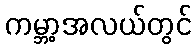
ကမ္ဘာ့အလယ်တွင်